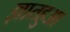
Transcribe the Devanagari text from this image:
ज्ञातहुआ